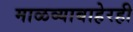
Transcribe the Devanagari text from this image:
माळव्याबाहेरही